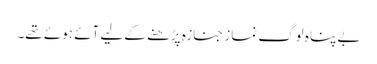
بے پناہ لوگ نماز جنازہ پڑھنے کے لیے آئے ہوئے تھے۔